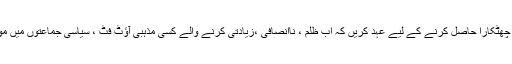
آج ضرورت اس امر کی ہے کہ سفارش ، رشوت ، بد دیانتی دہشتگردی جیسے لعنتوں سے چھٹکارا حاصل کرنے کے لیے عہد کریں کہ اب ظلم ، ناانصافی ،زیادتی کرنے والے کسی مذہبی آؤٹ فٹ ، سیاسی جماعتوں میں موجود دہشت گرد عناصر، کسی را، موساد ، بلیک واٹر یا سی آئی اے کو نہیں بخشا جائے گا۔